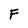
Character: F